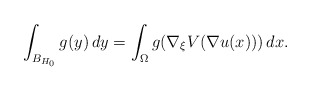
\begin{align*}\int_{B_{H_0}} g(y)\, dy = \int_{\Omega} g(\nabla_\xi V(\nabla u(x)))\, dx.\end{align*}